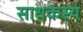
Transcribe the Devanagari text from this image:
साधकस्य